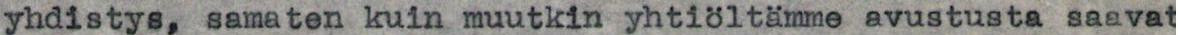
yhdistys, samaten kuin muutkin yhtiöltämme avustusta saavat